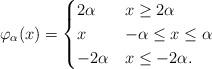
LaTeX: \begin{align*}\varphi_\alpha(x)=\begin{cases} 2\alpha \ \ & x\geq 2\alpha\\x & -\alpha \leq x\leq \alpha\\-2\alpha & x\leq -2\alpha.\end{cases}\end{align*}